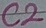
Text: C2